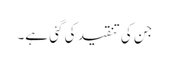
جن کی تنقید کی گئی ہے۔